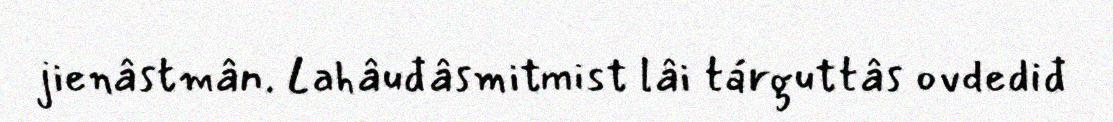
jienâstmân. Lahâuđâsmitmist lâi tárguttâs ovdediđ